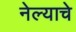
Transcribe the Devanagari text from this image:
नेल्याचे